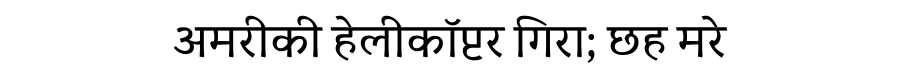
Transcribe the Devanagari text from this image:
अमरीकी हेलीकॉप्टर गिरा; छह मरे